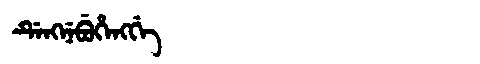
Manchu: ᡩᡝᠩᠨᡝᠪᡠᡥᡝᠩᡤᡝ
Romanization: DENGNEBUHENGGE